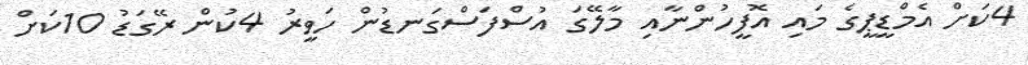
4ކަށް އެމްޑީޕީގެ މައި އޮފީހުންނާއި މާލޭގަ އުސްފަަސްގަނޑުން ހަވީރު 4ކުން ރޭގަޑު 10ކަށް